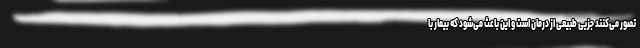
تصور می‌کنند جزیی طبیعی از درمان است و این باعث می‌شود که بیمار با